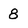
Character: 8